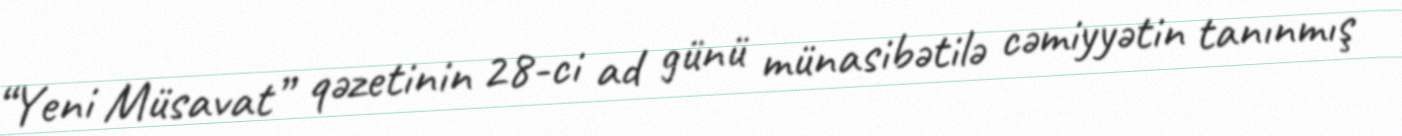
“Yeni Müsavat” qəzetinin 28-ci ad günü münasibətilə cəmiyyətin tanınmış